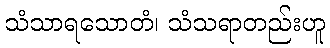
သံသာရသောတံ၊ သံသရာတည်းဟူ